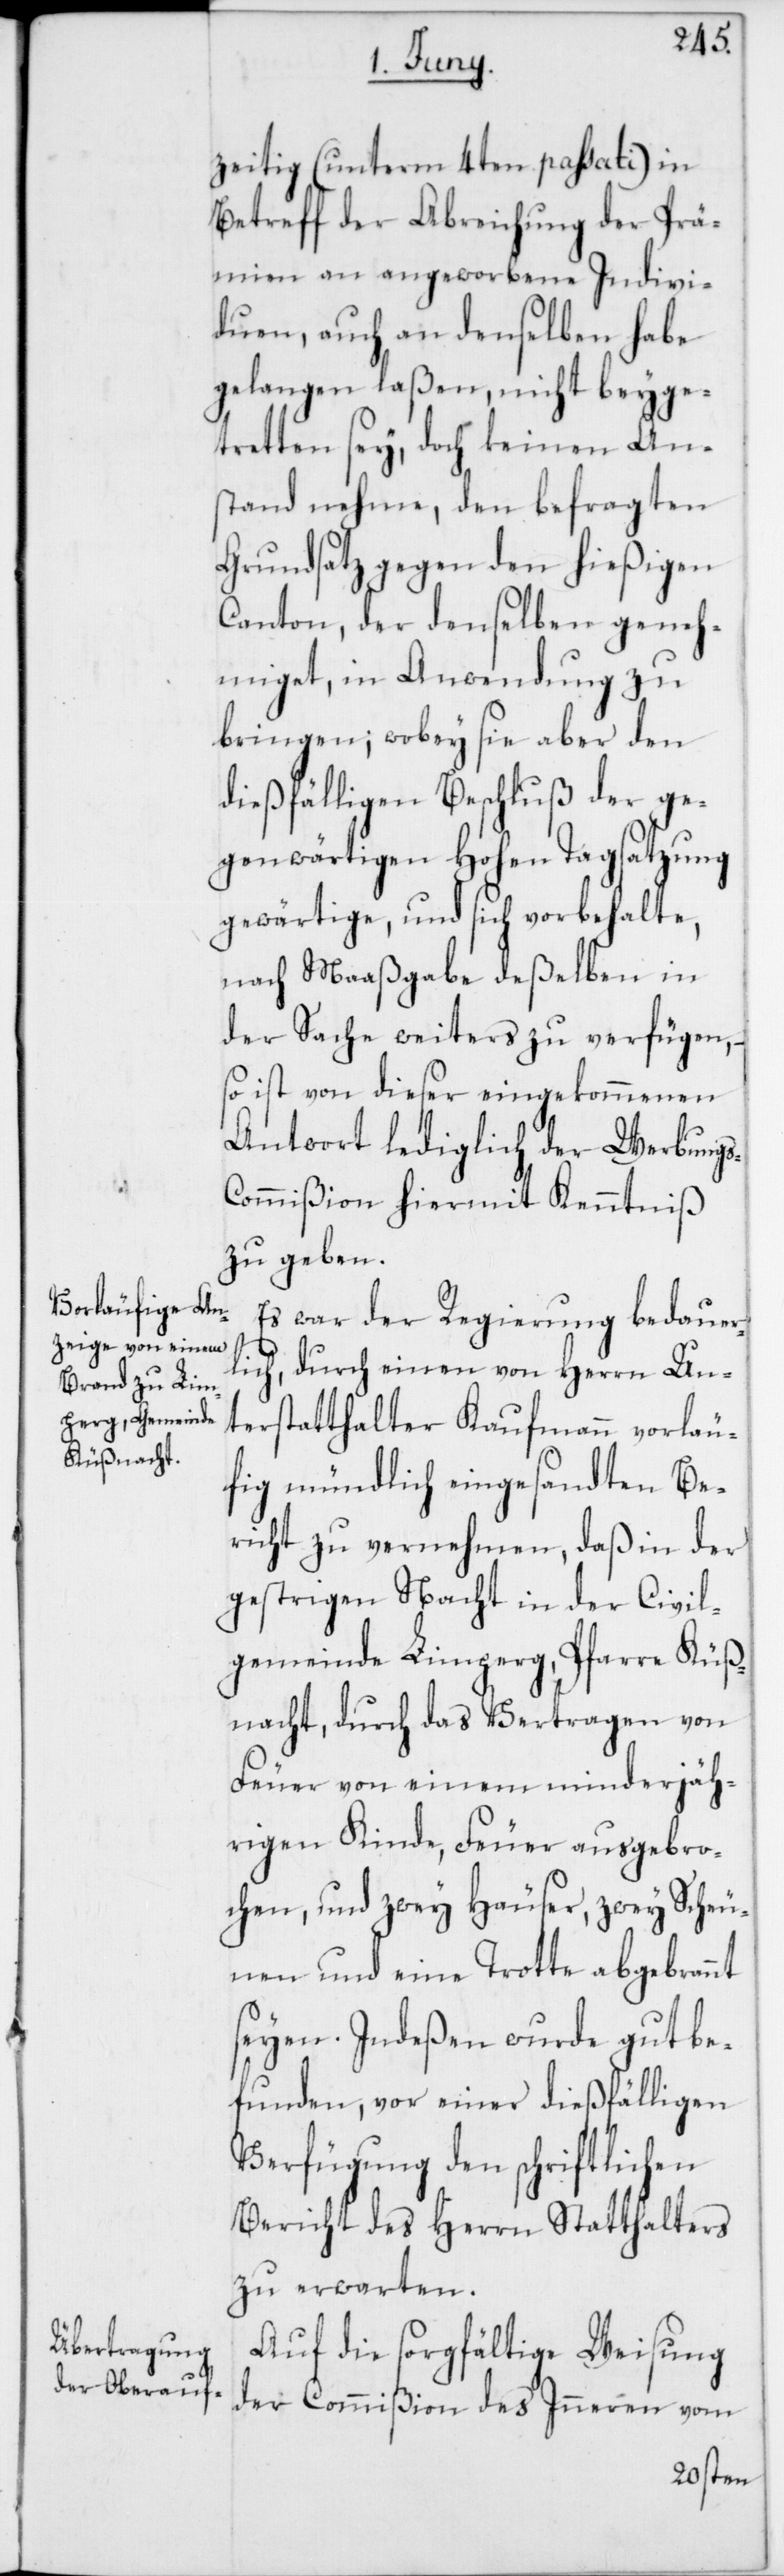
s-C¬
zeitig (unterm 4ten passati) in
Betreff der Abreichung der Prä¬
mien an angeworbene Indivi¬
duen, auch an denselben habe
gelangen laßen, nicht beyge¬
tretten sey, doch keinen An¬
stand nehme, den befragten
Grundsatz gegen den hießigen
Canton, der denselben geneh¬
miget, in Anwendung zu
bringen; wobey sie aber den
dießfälligen Beschluß der ge¬
genwärtigen Hohen Tagsatzung
gewärtige und sich vorbehalte,
nach Maaßgabe deßelben in
der Sache weiters zu verfügen, –
so ist von dieser eingekommenen
Antwort lediglich der Werbung¬
ommißion hiermit Kenntniß
zu geben.
Es war der Regierung bedauer¬
lich, durch einen von Herrn Un¬
terstatthalter Kaufmann vorläu¬
fig mündlich eingesandten Be¬
richt zu vernehmen, daß in der
gestrigen Nacht in der Civil¬
gemeinde Limperg, Pfarre Küß¬
nacht, durch das Vertragen von
Feuer von einem minderjäh¬
rigen Kinde, Feuer ausgebro¬
chen und zwey Häuser, zwey Scheu¬
nen und eine Trotte abgebrannt
seyen. Indeßen wurde gut be¬
funden, vor einer dießfälligen
Verfügung den schriftlichen
Bericht des Herrn Statthalters
zu erwarten.
Auf die sorgfältige Weisung
der Commißion des Inneren vom